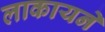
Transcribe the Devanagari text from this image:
लाकायने